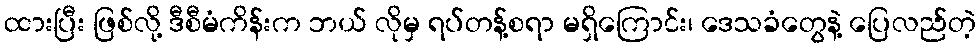
ထားပြီး ဖြစ်လို့ ဒီစီမံကိန်းက ဘယ် လိုမှ ရပ်တန့်စရာ မရှိကြောင်း၊ ဒေသခံတွေနဲ့ ပြေလည်တဲ့